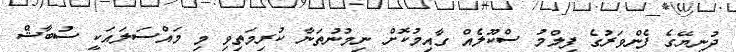
ދުނިޔޭގެ ފެންވަރުގެ ފިލްމު ސްކޫލެއް ގާއިމުކޮށް ނިމުނުތަނާ ކުރިމަތިވި މި މައްސަލައަކީ ސުބާޝް